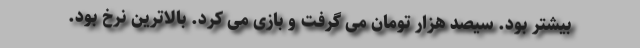
بيشتر بود. سيصد هزار تومان مى گرفت و بازى مى كرد. بالاترين نرخ بود.